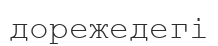
дорежедегі